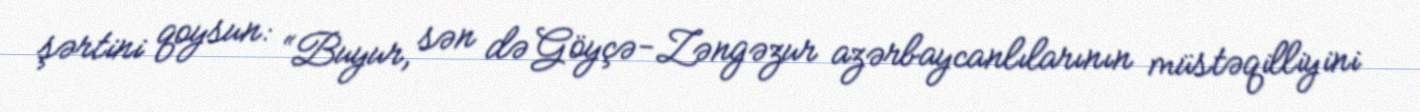
şərtini qoysun: “Buyur, sən də Göyçə-Zəngəzur azərbaycanlılarının müstəqilliyini